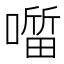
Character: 𭋖